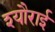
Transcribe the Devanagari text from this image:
श्यौराई